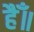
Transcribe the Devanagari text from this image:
हैँ॥